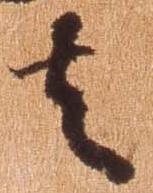
者